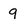
Character: 9